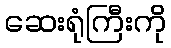
ဆေးရုံကြီးကို